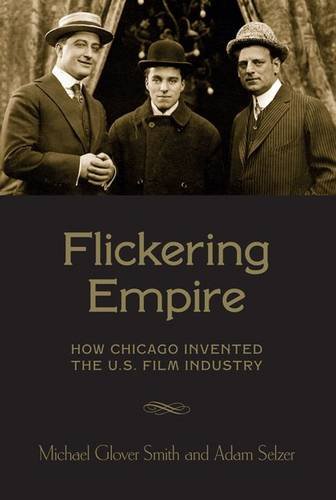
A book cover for Flickering Empire: How Chicago Invented the U.S. Film Industry; Michael Glover Smith; Humor & Entertainment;